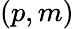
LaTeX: (p,m)